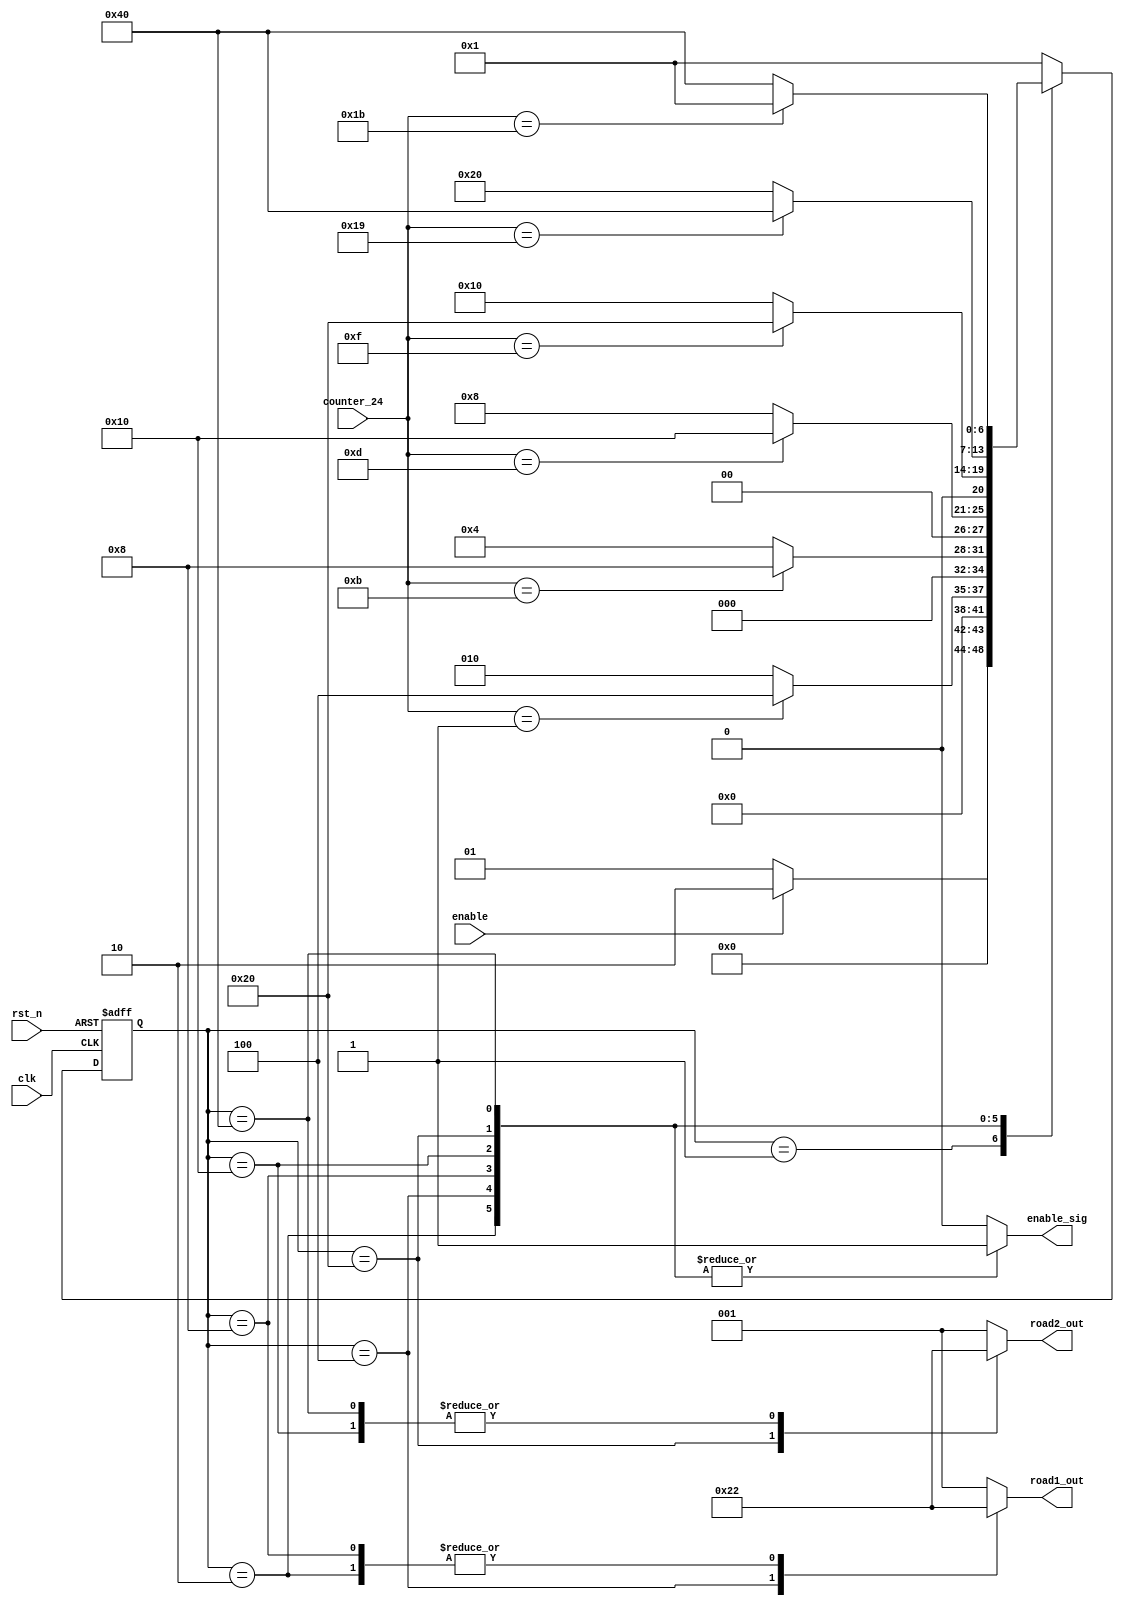
module traffic_sm (// Inputs
 clk,
rst_n,
enable,
 counter_24 ,
 // Outputs
enable_sig ,
road1_out ,
road2_out
 );
// Inputs
input clk ;
input rst_n ;
input enable ;
input [4:0] counter_24 ;
// Outputs
output enable_sig ;
output [2:0] road1_out ;
output [2:0] road2_out ;
parameter [6:0] IDLE = 7'b0000001 ,
 Y1_R1_S1 = 7'b0000010 ,
 G1_R2_S2 = 7'b0000100 ,
 Y1_R2_S3 = 7'b0001000 ,
 R1_Y2_S4 = 7'b0010000 ,
 R1_G2_S5 = 7'b0100000 ,
 R1_Y2_S6 = 7'b1000000 ;
parameter [2:0] RED = 3'b001 ,
 YELLOW = 3'b010 ,
 GREEN = 3'b100 ;
reg [6:0] traffic_state ;
reg enable_sig ;
reg [2:0] road1_out ;
reg [2:0] road2_out ;
// State Register & Next State Logic
always @(posedge clk or negedge rst_n)
begin
 if(~rst_n) begin
 traffic_state <= IDLE ;
 end
 else begin
 case(traffic_state )
 IDLE : begin
 if(enable)
 traffic_state <= Y1_R1_S1 ;
 else
 traffic_state <= IDLE ;
 end
 Y1_R1_S1 : begin
 if(counter_24 == 5'd1)
 traffic_state <= G1_R2_S2 ;
 else
 traffic_state <= Y1_R1_S1 ;
 end
 G1_R2_S2 : begin
 if(counter_24 == 5'd11)
 traffic_state <= Y1_R2_S3 ;
 else
 traffic_state <= G1_R2_S2 ;
 end
 Y1_R2_S3 : begin
 if(counter_24 == 5'd13)
 traffic_state <= R1_Y2_S4 ;
 else
 traffic_state <= Y1_R2_S3 ;
 end
 R1_Y2_S4 : begin
 if(counter_24 == 5'd15)
 traffic_state <= R1_G2_S5 ;
 else
 traffic_state <= R1_Y2_S4 ;
 end
 R1_G2_S5 : begin
 if(counter_24 == 5'd25)
 traffic_state <= R1_Y2_S6 ;
 else
 traffic_state <= R1_G2_S5 ;
 end
 R1_Y2_S6 : begin
 if(counter_24 == 5'd27)
 traffic_state <= IDLE ;
 else
 traffic_state <= R1_Y2_S6 ;
 end
 default : begin
 traffic_state <= IDLE ;
 end
 endcase
 end
end
// Output Logic
always @(traffic_state )
begin
 case(traffic_state )
 IDLE : begin
 enable_sig = 1'b0 ;
 road1_out = RED ;
road2_out = RED ;
 end
 Y1_R1_S1 : begin
 enable_sig = 1'b1 ;
 road1_out = YELLOW ;
road2_out = RED ;
 end
 G1_R2_S2 : begin
 enable_sig = 1'b1 ;
 road1_out = GREEN ;
road2_out = RED ;
 end
 Y1_R2_S3 : begin
 enable_sig = 1'b1 ;
 road1_out = YELLOW ;
road2_out = RED ;
 end
 R1_Y2_S4 : begin
 enable_sig = 1'b1 ;
 road1_out = RED ;
road2_out = YELLOW ;
 end
 R1_G2_S5 : begin
 enable_sig = 1'b1 ;
 road1_out = RED ;
road2_out = GREEN ;
 end
 R1_Y2_S6 : begin
 enable_sig = 1'b1 ;
 road1_out = RED ;
road2_out = YELLOW ;
 end
 default : begin
 enable_sig = 1'b0 ;
 road1_out = RED ;
road2_out = RED ;
 end
 endcase
end
endmodule